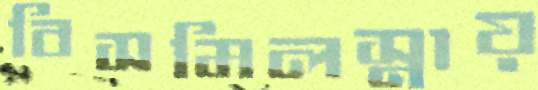
বিসমিলস্নায়